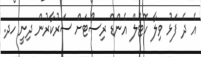
އެ ދެ ފަޅު ވިލާ ހޮޓެލް އެންޑް ރިސޯޓަށް ސަރުކާރުން ދިނީ ހދ.